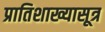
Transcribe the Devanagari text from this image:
प्रातिशाख्यासूत्र